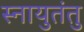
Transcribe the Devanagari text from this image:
स्नायुतंतु